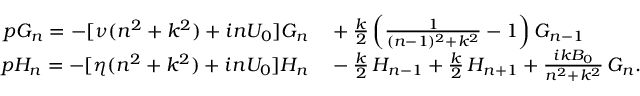
\begin{array} { r l } { p G _ { n } = - [ \nu ( n ^ { 2 } + k ^ { 2 } ) + i n U _ { 0 } ] G _ { n } } & { { } + \frac { k } { 2 } \left( \frac { 1 } { ( n - 1 ) ^ { 2 } + k ^ { 2 } } - 1 \right) G _ { n - 1 } } \\ { p H _ { n } = - [ \eta ( n ^ { 2 } + k ^ { 2 } ) + i n U _ { 0 } ] H _ { n } } & { { } - \frac { k } { 2 } \, H _ { n - 1 } + \frac { k } { 2 } \, H _ { n + 1 } + \frac { i k B _ { 0 } } { n ^ { 2 } + k ^ { 2 } } \, G _ { n } . } \end{array}